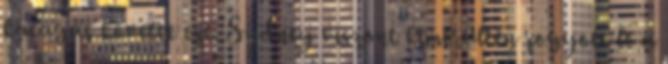
kacagás követte ezt. Sydney viszont kimerülten rogyott le a